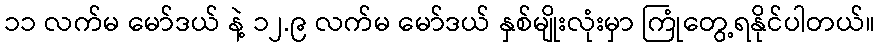
၁၁ လက်မ မော်ဒယ် နဲ့ ၁၂.၉ လက်မ မော်ဒယ် နှစ်မျိုးလုံးမှာ ကြုံတွေ့ရနိုင်ပါတယ်။